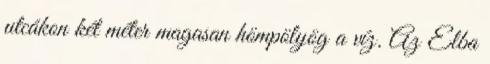
utcákon két méter magasan hömpölyög a víz. Az Elba